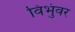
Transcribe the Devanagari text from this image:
विभुंवर